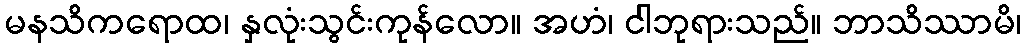
မနသိကရောထ၊ နှလုံးသွင်းကုန်လော။ အဟံ၊ ငါဘုရားသည်။ ဘာသိဿာမိ၊